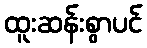
ထူးဆန်းစွာပင်